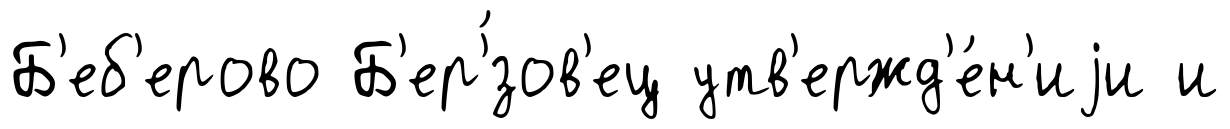
Б'еб'ерово Б'ер'́зов'ец утв'ержд'е́н'иjи и